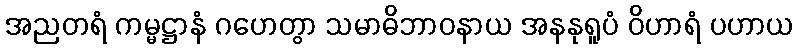
အညတရံ ကမ္မဋ္ဌာနံ ဂဟေတွာ သမာဓိဘာဝနာယ အနနုရူပံ ဝိဟာရံ ပဟာယ